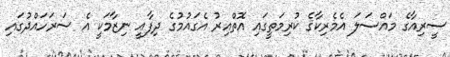
ސީރިއާގެ މައްސަލަ އެމެރިކާގެ ކުރިމަތީގައި އޮތްއިރު އެގައުމުގެ ދިފާއީ ނިޒާމަކީ އެ ސަރަހައްދުގައި